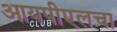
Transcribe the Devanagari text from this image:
आयपीएलचा